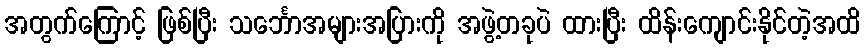
အတွက်ကြောင့် ဖြစ်ပြီး သင်္ဘောအများအပြားကို အဖွဲ့တခုပဲ ထားပြီး ထိန်းကျောင်းနိုင်တဲ့အထိ